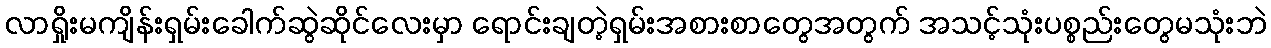
လာရှိုးမကျိန်းရှမ်းခေါက်ဆွဲဆိုင်လေးမှာ ရောင်းချတဲ့ရှမ်းအစားစာတွေအတွက် အသင့်သုံးပစ္စည်းတွေမသုံးဘဲ